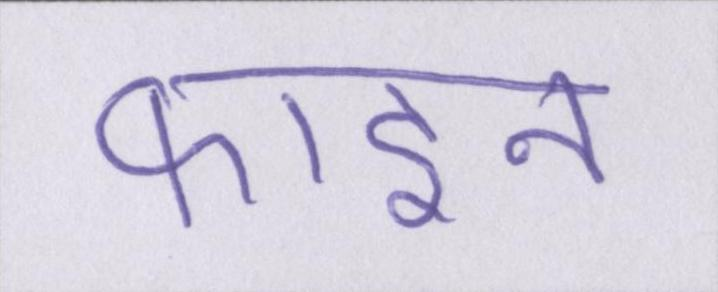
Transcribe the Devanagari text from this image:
फाइन